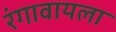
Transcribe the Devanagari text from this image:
रंगावायला